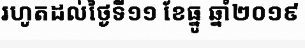
រហូតដល់ថ្ងៃទី១១ ខែធ្នូ ឆ្នាំ២០១៩